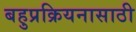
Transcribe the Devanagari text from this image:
बहुप्रक्रियनासाठी